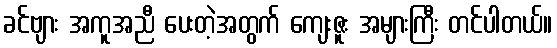
ခင်ဗျား အကူအညီ ပေးတဲ့အတွက် ကျေးဇူး အများကြီး တင်ပါတယ်။